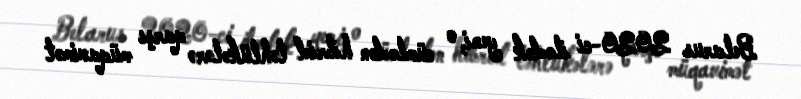
Belarus 2020-ci ilədək yeni, o cümlədən hibrid təhlükələrə qarşı müqavimət